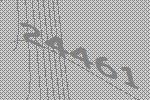
24461